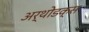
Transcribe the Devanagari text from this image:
अर्थोडक्स